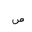
Letter: _sad